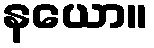
နယော။